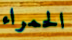
الحمراء